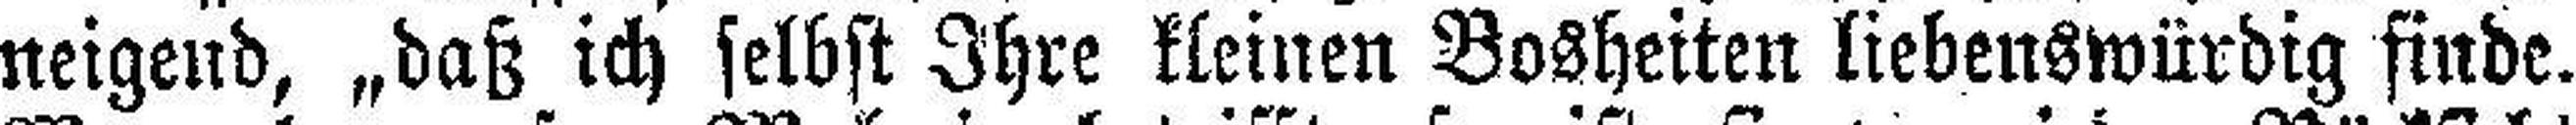
neigend, „daß ich selbst Ihre kleinen Bosheiten liebenswürdig finde.